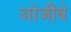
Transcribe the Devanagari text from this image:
ओजीबे